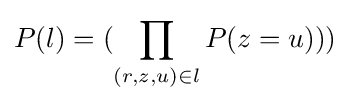
P(l)=({\prod _{(r,z,u)\in l}P(z=u)}))